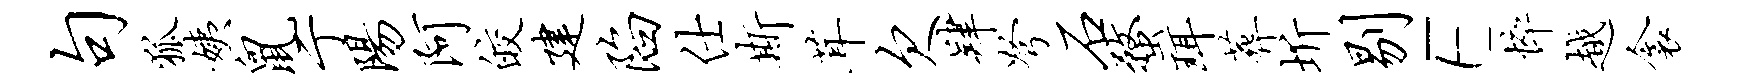
句狐姨鼠亍阳阿皎建陷仕斯茸欠肄弩石蝥珥葬圻剔E悴越衾